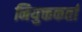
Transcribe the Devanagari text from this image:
नियुक्तकर्ता